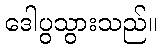
ဒေါပွသွားသည်။